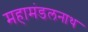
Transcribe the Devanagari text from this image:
महामंडलनाथ